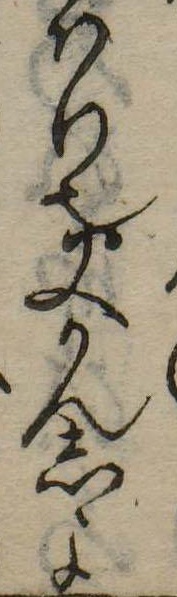
はり也又かんしよ